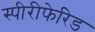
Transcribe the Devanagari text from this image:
स्पीरीफेरिड